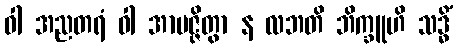
ဝါ အညတရံ ဝါ အာပဇ္ဇိတွာ န လဘတိ ဘိက္ခူဟိ သဒ္ဓိံ